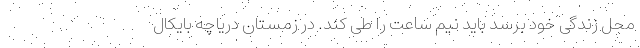
محل زندگی خود برسد باید نیم ساعت را طی کند. در زمستان دریاچه بایکال